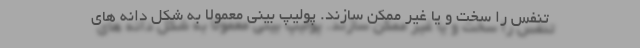
تنفس را سخت و یا غیر ممکن سازند. پولیپ بینی معمولا به شکل دانه های